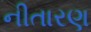
નીતારણ